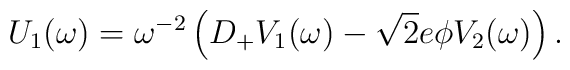
U_1(\omega ) =\omega^{-2} \left( D_+ V_1(\omega )                               -\sqrt{2} e \phi V_2(\omega ) \right).